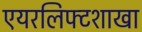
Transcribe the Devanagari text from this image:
एयरलिफ्टशाखा